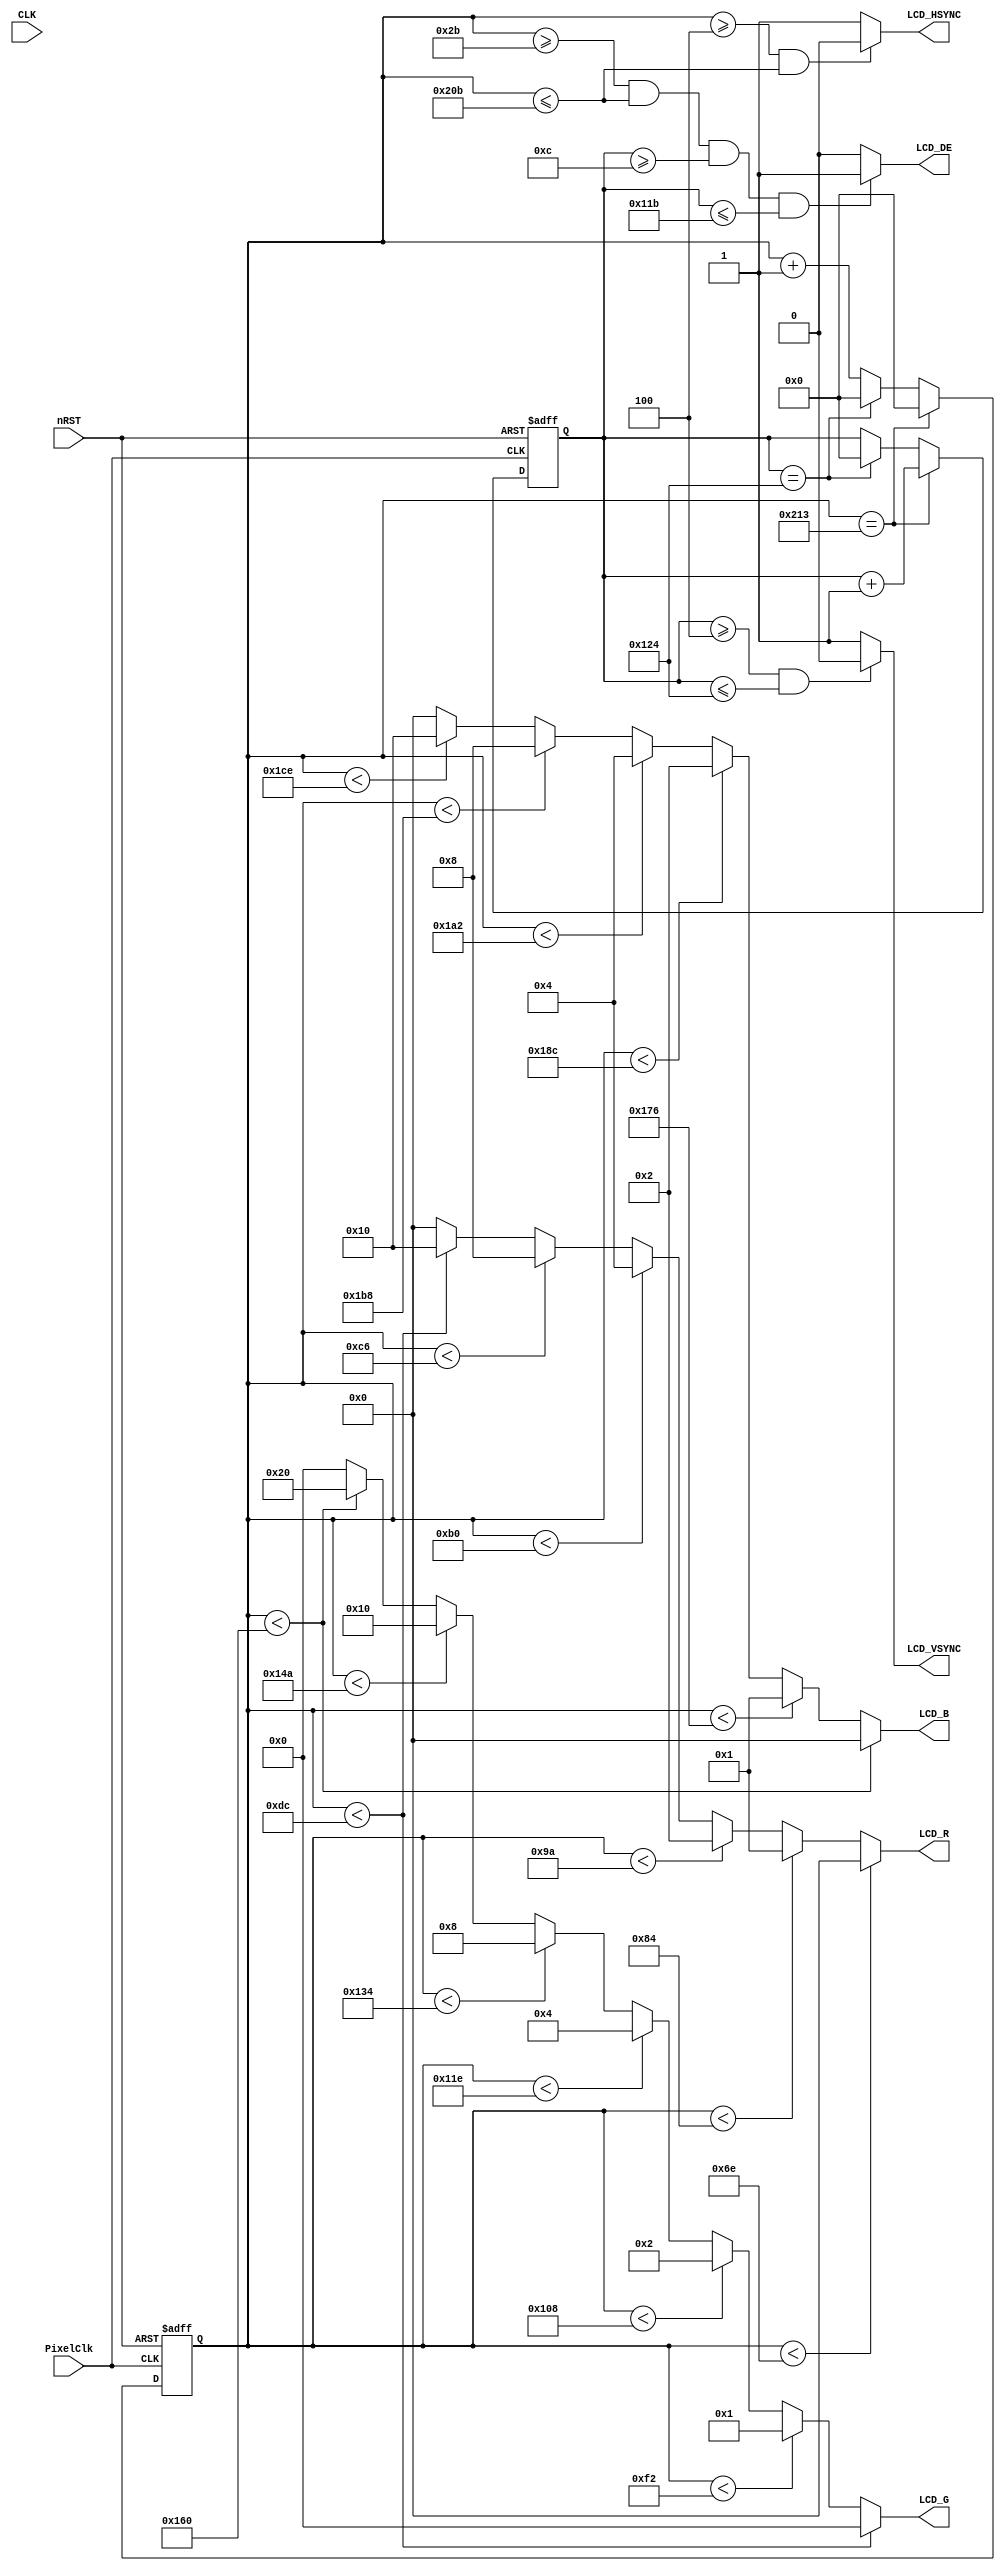
// This program was cloned from: https://github.com/YosysHQ/apicula
// License: MIT License

module VGAMod
(
    input                   CLK,
    input                   nRST,

    input                   PixelClk,

    output                  LCD_DE,
    output                  LCD_HSYNC,
    output                  LCD_VSYNC,

	output          [4:0]   LCD_B,
	output          [5:0]   LCD_G,
	output          [4:0]   LCD_R
);

    reg         [15:0]  PixelCount;
    reg         [15:0]  LineCount;

	//pulse include in back pulse; t=pulse, sync act; t=bp, data act; t=bp+height, data end
	
	/* 480x272 4.3" LCD with SC7283 driver, pixel freq = 9MHz */
	localparam      V_BackPorch = 16'd12;
	localparam      V_Pulse 	= 16'd4;
	localparam      HightPixel  = 16'd272;
	localparam      V_FrontPorch= 16'd8;

	localparam      H_BackPorch = 16'd43;
	localparam      H_Pulse 	= 16'd4;
	localparam      WidthPixel  = 16'd480;
	localparam      H_FrontPorch= 16'd8;

	/*localparam      V_BackPorch = 16'd12; 
	localparam      V_Pulse 	= 16'd11; 
	localparam      HightPixel  = 16'd272;
	localparam      V_FrontPorch= 16'd8; 
	
	localparam      H_BackPorch = 16'd50; 
	localparam      H_Pulse 	= 16'd10; 
	localparam      WidthPixel  = 16'd480;
	localparam      H_FrontPorch= 16'd8;    */
/*
	localparam      V_BackPorch = 16'd0; //6
	localparam      V_Pulse 	= 16'd5; 
	localparam      HightPixel  = 16'd480;
	localparam      V_FrontPorch= 16'd45; //62

	localparam      H_BackPorch = 16'd182; 	//NOTE: K210
	localparam      H_Pulse 	= 16'd1; 
	localparam      WidthPixel  = 16'd800;
	localparam      H_FrontPorch= 16'd210;
*/	

    localparam      PixelForHS  =   WidthPixel + H_BackPorch + H_FrontPorch;  	
    localparam      LineForVS   =   HightPixel + V_BackPorch + V_FrontPorch;

    always @(  posedge PixelClk or negedge nRST  )begin
        if( !nRST ) begin
            LineCount       <=  16'b0;    
            PixelCount      <=  16'b0;
            end
        else if(  PixelCount  ==  PixelForHS ) begin
            PixelCount      <=  16'b0;
            LineCount       <=  LineCount + 1'b1;
            end
        else if(  LineCount  == LineForVS  ) begin
            LineCount       <=  16'b0;
            PixelCount      <=  16'b0;
            end
        else begin
            PixelCount       <=  PixelCount + 1'b1;
        end
    end

	reg			[9:0]  Data_R;
	reg			[9:0]  Data_G;
	reg			[9:0]  Data_B;

    always @(  posedge PixelClk or negedge nRST  )begin
        if( !nRST ) begin
			Data_R <= 9'b0;
			Data_G <= 9'b0;
			Data_B <= 9'b0;
            end
        else begin
			end
	end

	//HSYNCVSYNC
    assign  LCD_HSYNC = (( PixelCount >= H_Pulse)&&( PixelCount <= (PixelForHS-H_FrontPorch))) ? 1'b0 : 1'b1;
    //assign  LCD_VSYNC = ((( LineCount  >= 0 )&&( LineCount  <= (V_Pulse-1) )) ) ? 1'b1 : 1'b0;		//
	assign  LCD_VSYNC = ((( LineCount  >= V_Pulse )&&( LineCount  <= (LineForVS-0) )) ) ? 1'b0 : 1'b1;
    //assign  FIFO_RST  = (( PixelCount ==0)) ? 1'b1 : 1'b0;  //H_BackPorch

    assign  LCD_DE = (  ( PixelCount >= H_BackPorch )&&
                        ( PixelCount <= PixelForHS-H_FrontPorch ) &&
                        ( LineCount >= V_BackPorch ) &&
                        ( LineCount <= LineForVS-V_FrontPorch-1 ))  ? 1'b1 : 1'b0;
						//

    assign  LCD_R   =   (PixelCount<110)? 5'b00000 : 
                        (PixelCount<132 ? 5'b00001 :    
                        (PixelCount<154 ? 5'b00010 :    
                        (PixelCount<176 ? 5'b00100 :    
                        (PixelCount<198 ? 5'b01000 :    
                        (PixelCount<220 ? 5'b10000 :  5'b00000 )))));

    assign  LCD_G   =   (PixelCount<220)? 6'b000000 : 
                        (PixelCount<242 ? 6'b000001 :    
                        (PixelCount<264 ? 6'b000010 :    
                        (PixelCount<286 ? 6'b000100 :    
                        (PixelCount<308 ? 6'b001000 :    
                        (PixelCount<330 ? 6'b010000 :  
                        (PixelCount<352 ? 6'b100000 : 6'b000000 ))))));

    assign  LCD_B   =   (PixelCount<352)? 5'b00000 : 
                        (PixelCount<374 ? 5'b00001 :    
                        (PixelCount<396 ? 5'b00010 :    
                        (PixelCount<418 ? 5'b00100 :    
                        (PixelCount<440 ? 5'b01000 :    
                        (PixelCount<462 ? 5'b10000 :  5'b00000 )))));

endmodule